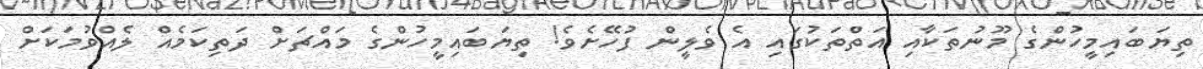
ތިޔަބައިމީހުންގެ މޫނުތަކާއި އަތްތަކުގައި އެ ވެލީން ފުހޭށެވެ! ތިޔަބައިމީހުންގެ މައްޗަށް ދަތިކަމެއް ލެއްވުމަކަށް